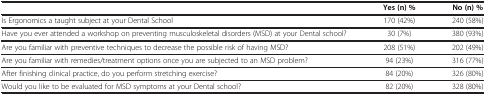
<table><thead><tr><td><b> </b></td><td><b>Yes (n) %</b></td><td><b>No (n) %</b></td></tr></thead><tbody><tr><td>Is Ergonomics a taught subject at your Dental School</td><td>170 (42%)</td><td>240 (58%)</td></tr><tr><td>Have you ever attended a workshop on preventing musculoskeletal disorders (MSD) at your Dental school?</td><td>30 (7%)</td><td>380 (93%)</td></tr><tr><td>Are you familiar with preventive techniques to decrease the possible risk of having MSD?</td><td>208 (51%)</td><td>202 (49%)</td></tr><tr><td>Are you familiar with remedies/treatment options once you are subjected to an MSD problem?</td><td>94 (23%)</td><td>316 (77%)</td></tr><tr><td>After finishing clinical practice, do you perform stretching exercise?</td><td>84 (20%)</td><td>326 (80%)</td></tr><tr><td>Would you like to be evaluated for MSD symptoms at your Dental school?</td><td>82 (20%)</td><td>328 (80%)</td></tr></tbody></table>